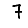
Digit: 7